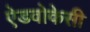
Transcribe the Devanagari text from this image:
ऐडवोकेसी